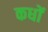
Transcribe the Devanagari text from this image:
कधों